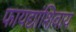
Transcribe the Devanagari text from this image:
फायद्यांशिवाय